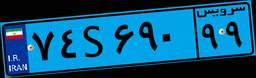
۵۸S۵۲۲۰۳